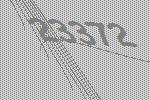
23372